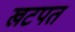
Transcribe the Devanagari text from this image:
खटपत